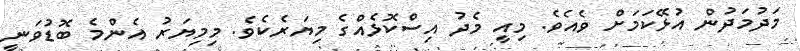
މަދުމަދުން އުޅޭކަމަށް ވެއެވެ. މިއީ މެދު އިސްކޮޅެއްގެ މިޔަރެކެވެ. މިމިޔަރު އެންމެ ބޮޑުވަނީ